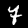
Label: 7